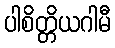
ပါစိတ္တိယဂါမီ